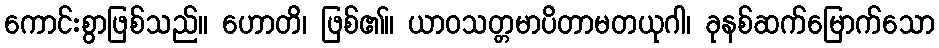
ကောင်းစွာဖြစ်သည်။ ဟောတိ၊ ဖြစ်၏။ ယာဝသတ္တမာပိတာမတယုဂါ၊ ခုနစ်ဆက်မြောက်သော